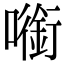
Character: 㘅